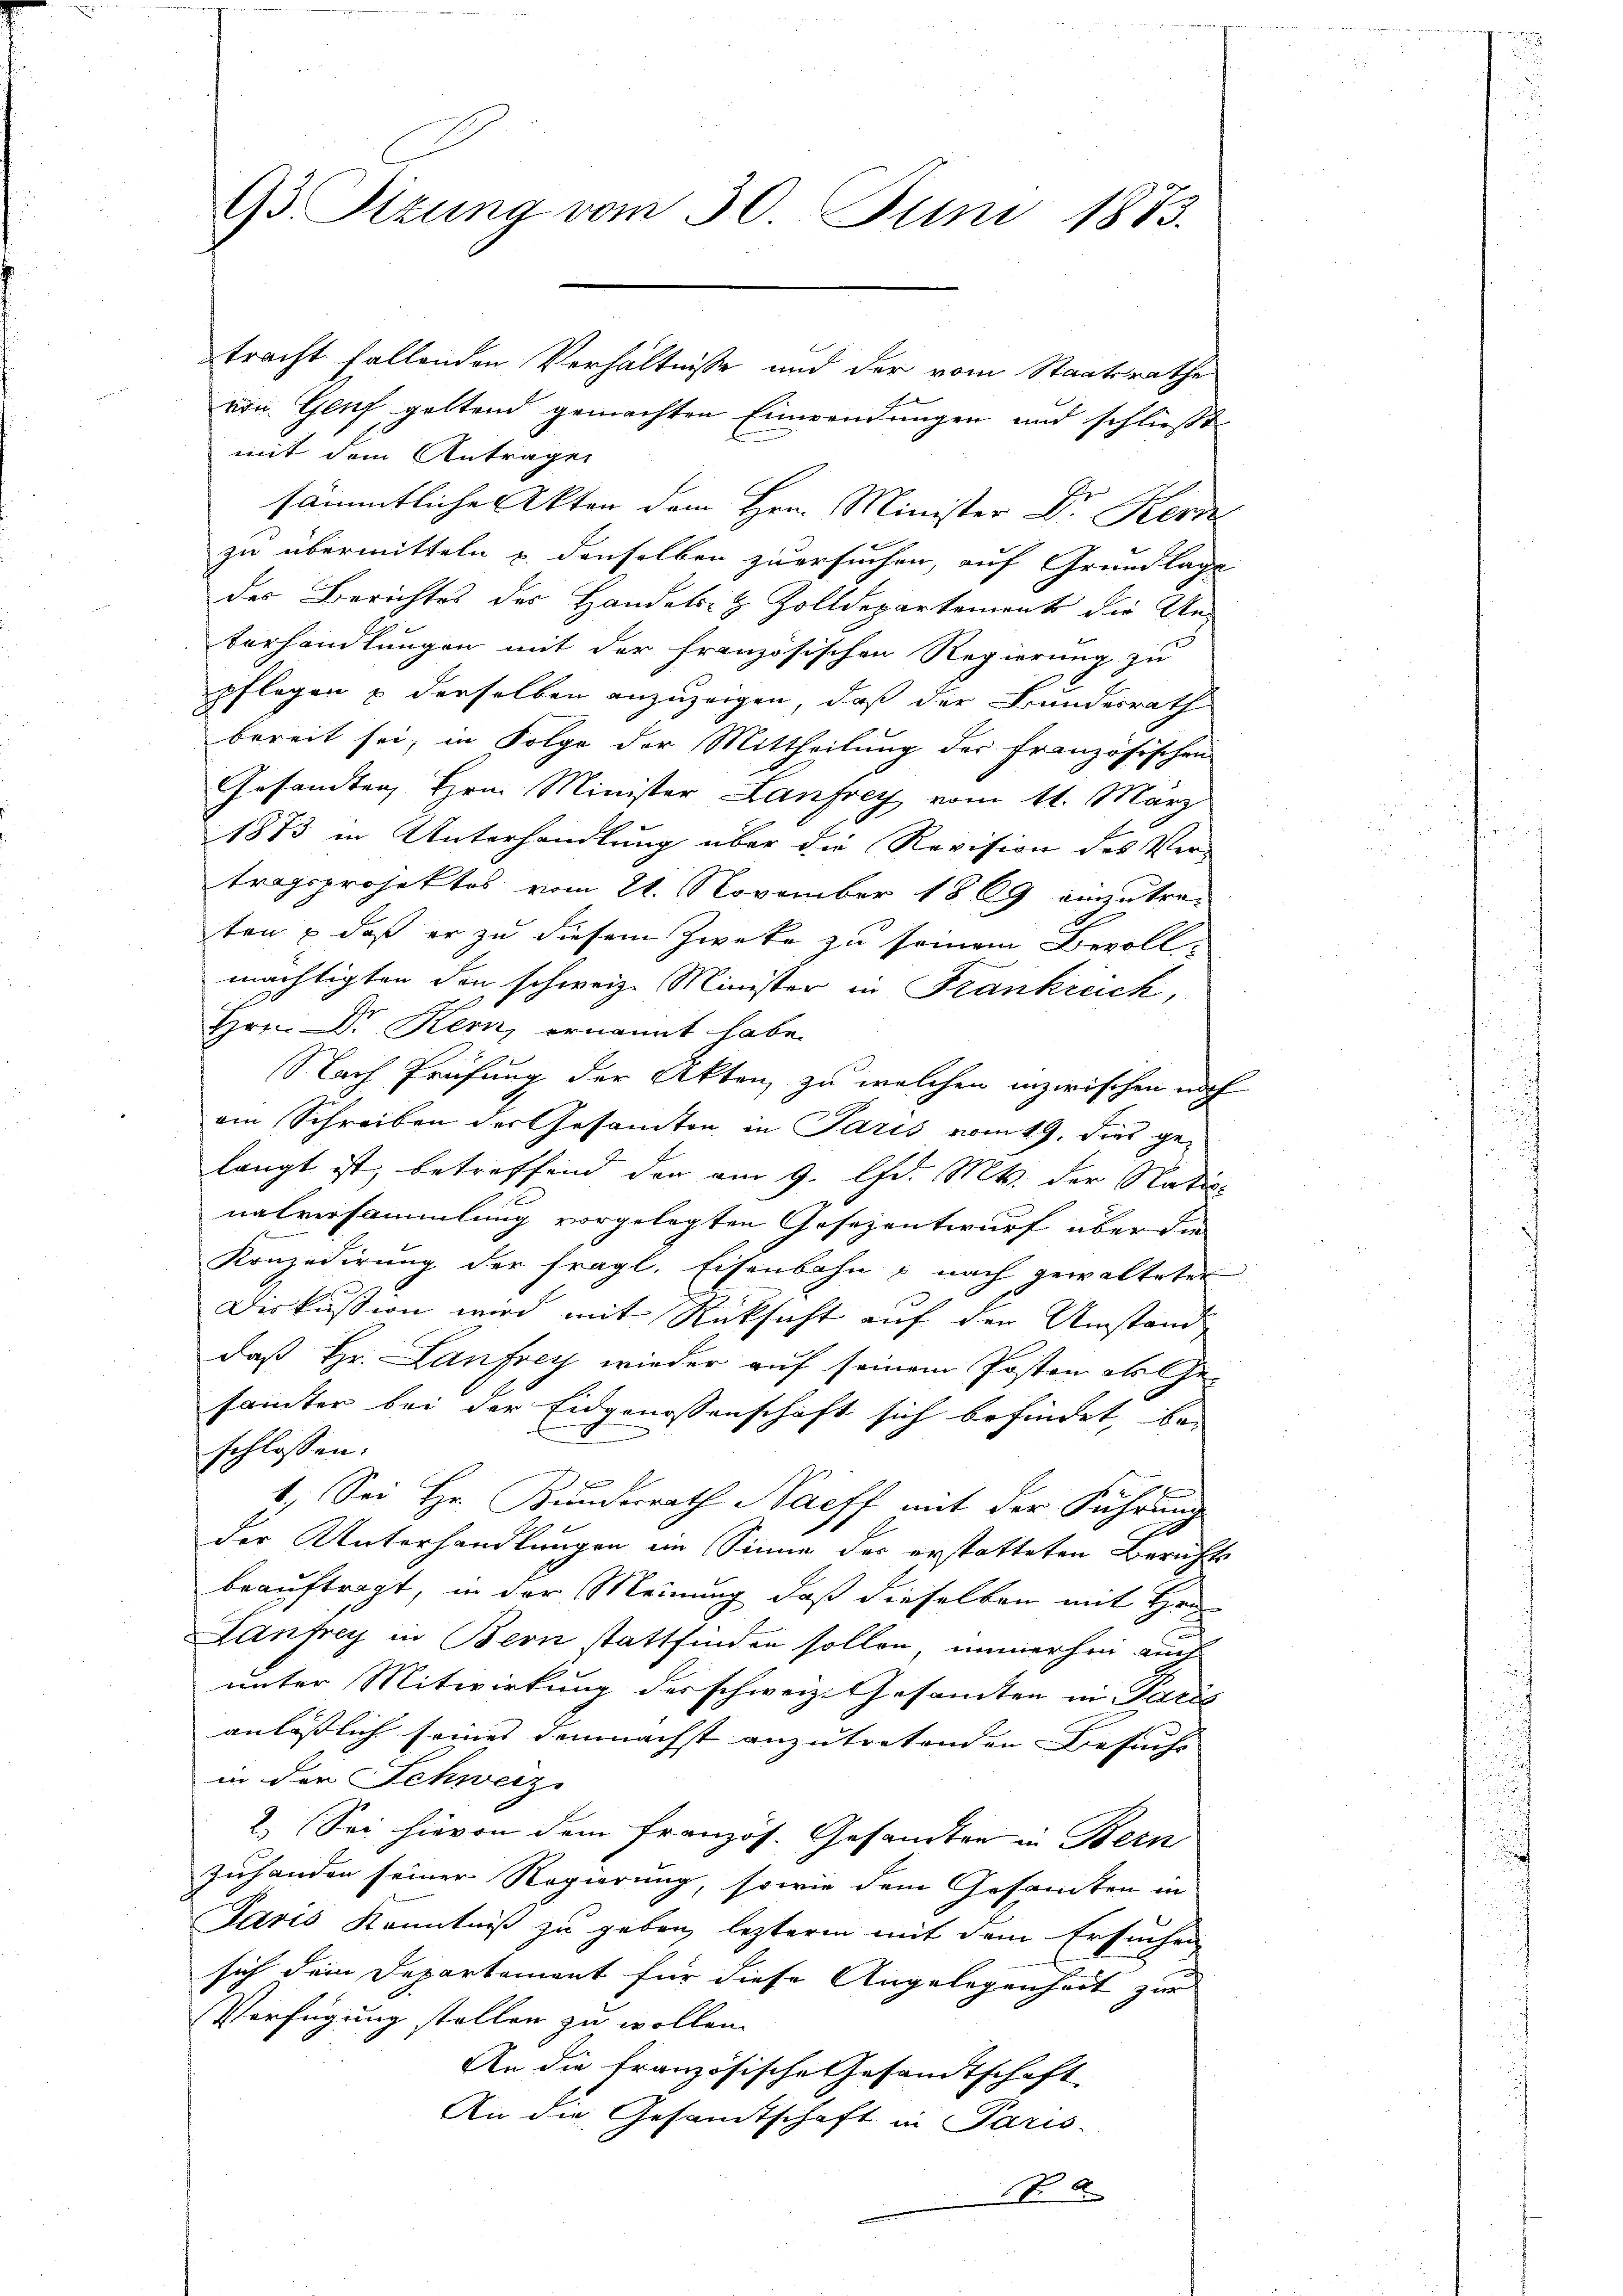
93. Sizung vom 30. Juni 1873.

von Genf geltend gemachten Einwendungen und schließt
mit dem Antragen
sämmtliche Akten dem Hrn. Minister Dr. Kern
zu übermitteln u. denselben zu ersuchen, auf Grundlage
des Berichtes des Handels- & Zolldepartement die Un¬
Verhandlungen mit der französischen Regierung zu
pflegen & derselben anzuzeigen, daß der Bundesrath
bereit sei, in Folge der Mittheilung der Französischen
Gesandten Hrn. Minister Landrey vom 11. März
1873 in Unterhandlung über die Revision des Ver-
tragsprojektes vom 21. November 1869 einzutreten & daß er zu diesem Zwecke zu seinem Bevoll-
mächtigten den schweiz. Minister in Frankreich,
Hrn. Dr Kern, ernannt habe.
Nach Prüfung der Akten, zu welchen inzwischen noch
am Schreiben der Gesamten in Paris vom 19. dies ge¬
E
 5
langt ist, betreffend den am 9. d. Mts. der Nati
nalversammlung vorgelegten Gesezentwurf über die
Konzedirung der fragl. Eisenbahn & nach gewalteter
Diskussion wird mit Rücksicht auf den Umstand
daß Hr. Lanfrey wieder auf seinem Posten als Ge-
sämter bei der Eidgenossenschaft sich befindet, bei
schlossen:
r
1. Sei Hr. Bundesrath Naeff mit der Führung
der Unterhandlungen im Sinne der erstatteten Berichts
beauftragt, in der Meinung, daß dieselben mit Hrn.
Lanfrey in Bern stattfinden sollen, immerhin auch
unter Mitwirkung des schweiz. Gesamten in Paris
anlässlich seines demnächst anzutretenden Besuch |
in der Schweiz.
2. Sei hievon dem französ. Gesandten in Bern
zuhanden seiner Regierung, sowie dem Gesamten in
Paris Kenntniß zu geben, lezterm mit dem Ersuchen
sich dem Departement für diese Angelegenheit zur
Verfügung stellen zu wollen.
An die französische Gesandtschaft
An die Gesamtschaft in Paris.
N

tracht fallenden Verhältnisse und der vom Staatsrathes